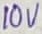
Text: 10V